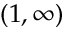
( 1 , \infty )